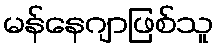
မန်နေဂျာဖြစ်သူ